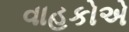
વાહકોએ